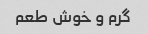
گرم و خوش طعم